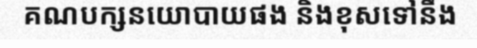
គណបក្សនយោបាយផង និងខុសទៅនឹង